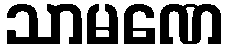
သာမဏေ